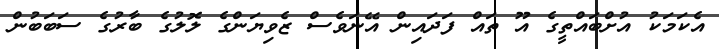
އެކަމަކު އުށްބައްތީގެ އޫ ތައް ފަދައިން އޭނަވެސް ޒެވިޔަންގެ ލޮލުގެ ބާރުގެ ސަބަބުން